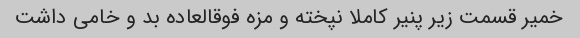
خمیر قسمت زیر پنیر کاملا نپخته و مزه فوقالعاده بد و خامی داشت